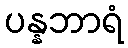
ပန္နဘာရံ